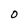
Character: 0